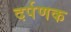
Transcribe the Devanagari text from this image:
दर्पणक